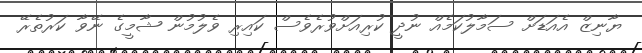
ޔާނިޒް އެއަޑަށް ސަމާލުކަމެއް ނުދީ ކުރިއަށްވުރެވެސް ކައިރި ވެލުމުން ޝާމީގެ ނޭވާ ކަރުތެރޭ